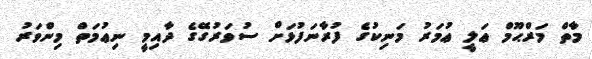
މާތް މަރްޙޫމް ޢަލީ ޢުމަރު މަނިކުގެ ފުރާނަފުޅަށް ސުވަރުގޭގެ ދާއިމީ ނިޢުމަތް މިންވަރު